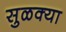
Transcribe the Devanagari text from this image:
सुळक्या